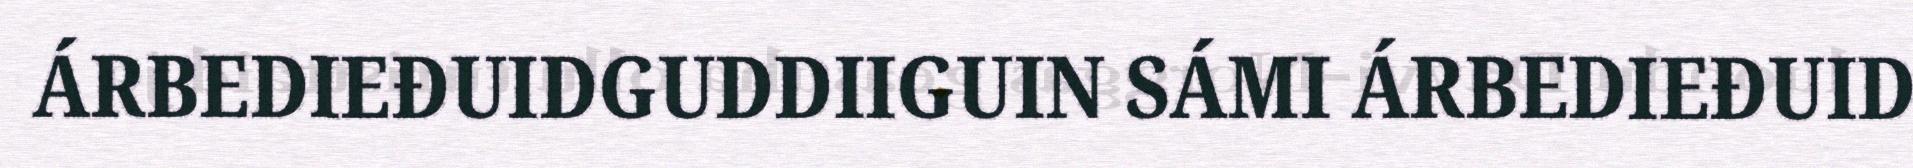
ÁRBEDIEĐUIDGUDDIIGUIN SÁMI ÁRBEDIEĐUID